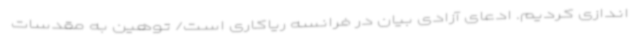
اندازی کردیم. ادعای آزادی بیان در فرانسه ریاکاری است/ توهین به مقدسات